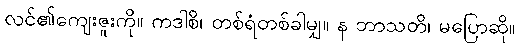
လင်၏ကျေးဇူးကို။ ကဒါစိ၊ တစ်ရံတစ်ခါမျှ။ န ဘာသတိ၊ မပြောဆို။